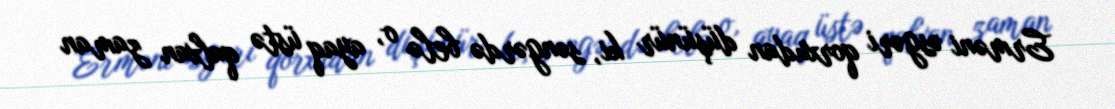
Erməni əsgəri qorxudan düşünür ki, səngərdə belə o, ayaq üstə qalxan zaman